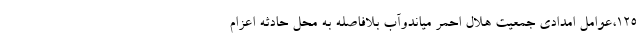
۱۲۵،عوامل امدادی جمعیت هلال احمر میاندوآب بلافاصله به محل حادثه اعزام